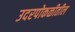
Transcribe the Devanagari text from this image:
उदरपोकळीतील